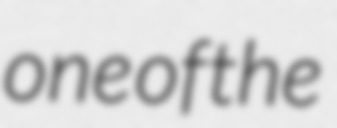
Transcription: one of the